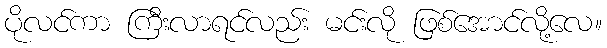
ပိုလင်ကာ ကြီးလာရင်လည်း မင်းလို ဖြစ်အောင်လို့လေ။